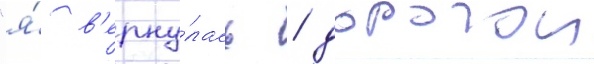
"я́ в'ерну́лась / дорогои